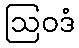
ဩဝဒံ